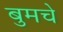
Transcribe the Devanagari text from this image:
बुमचे